Kallis,_Oskar, lk 6
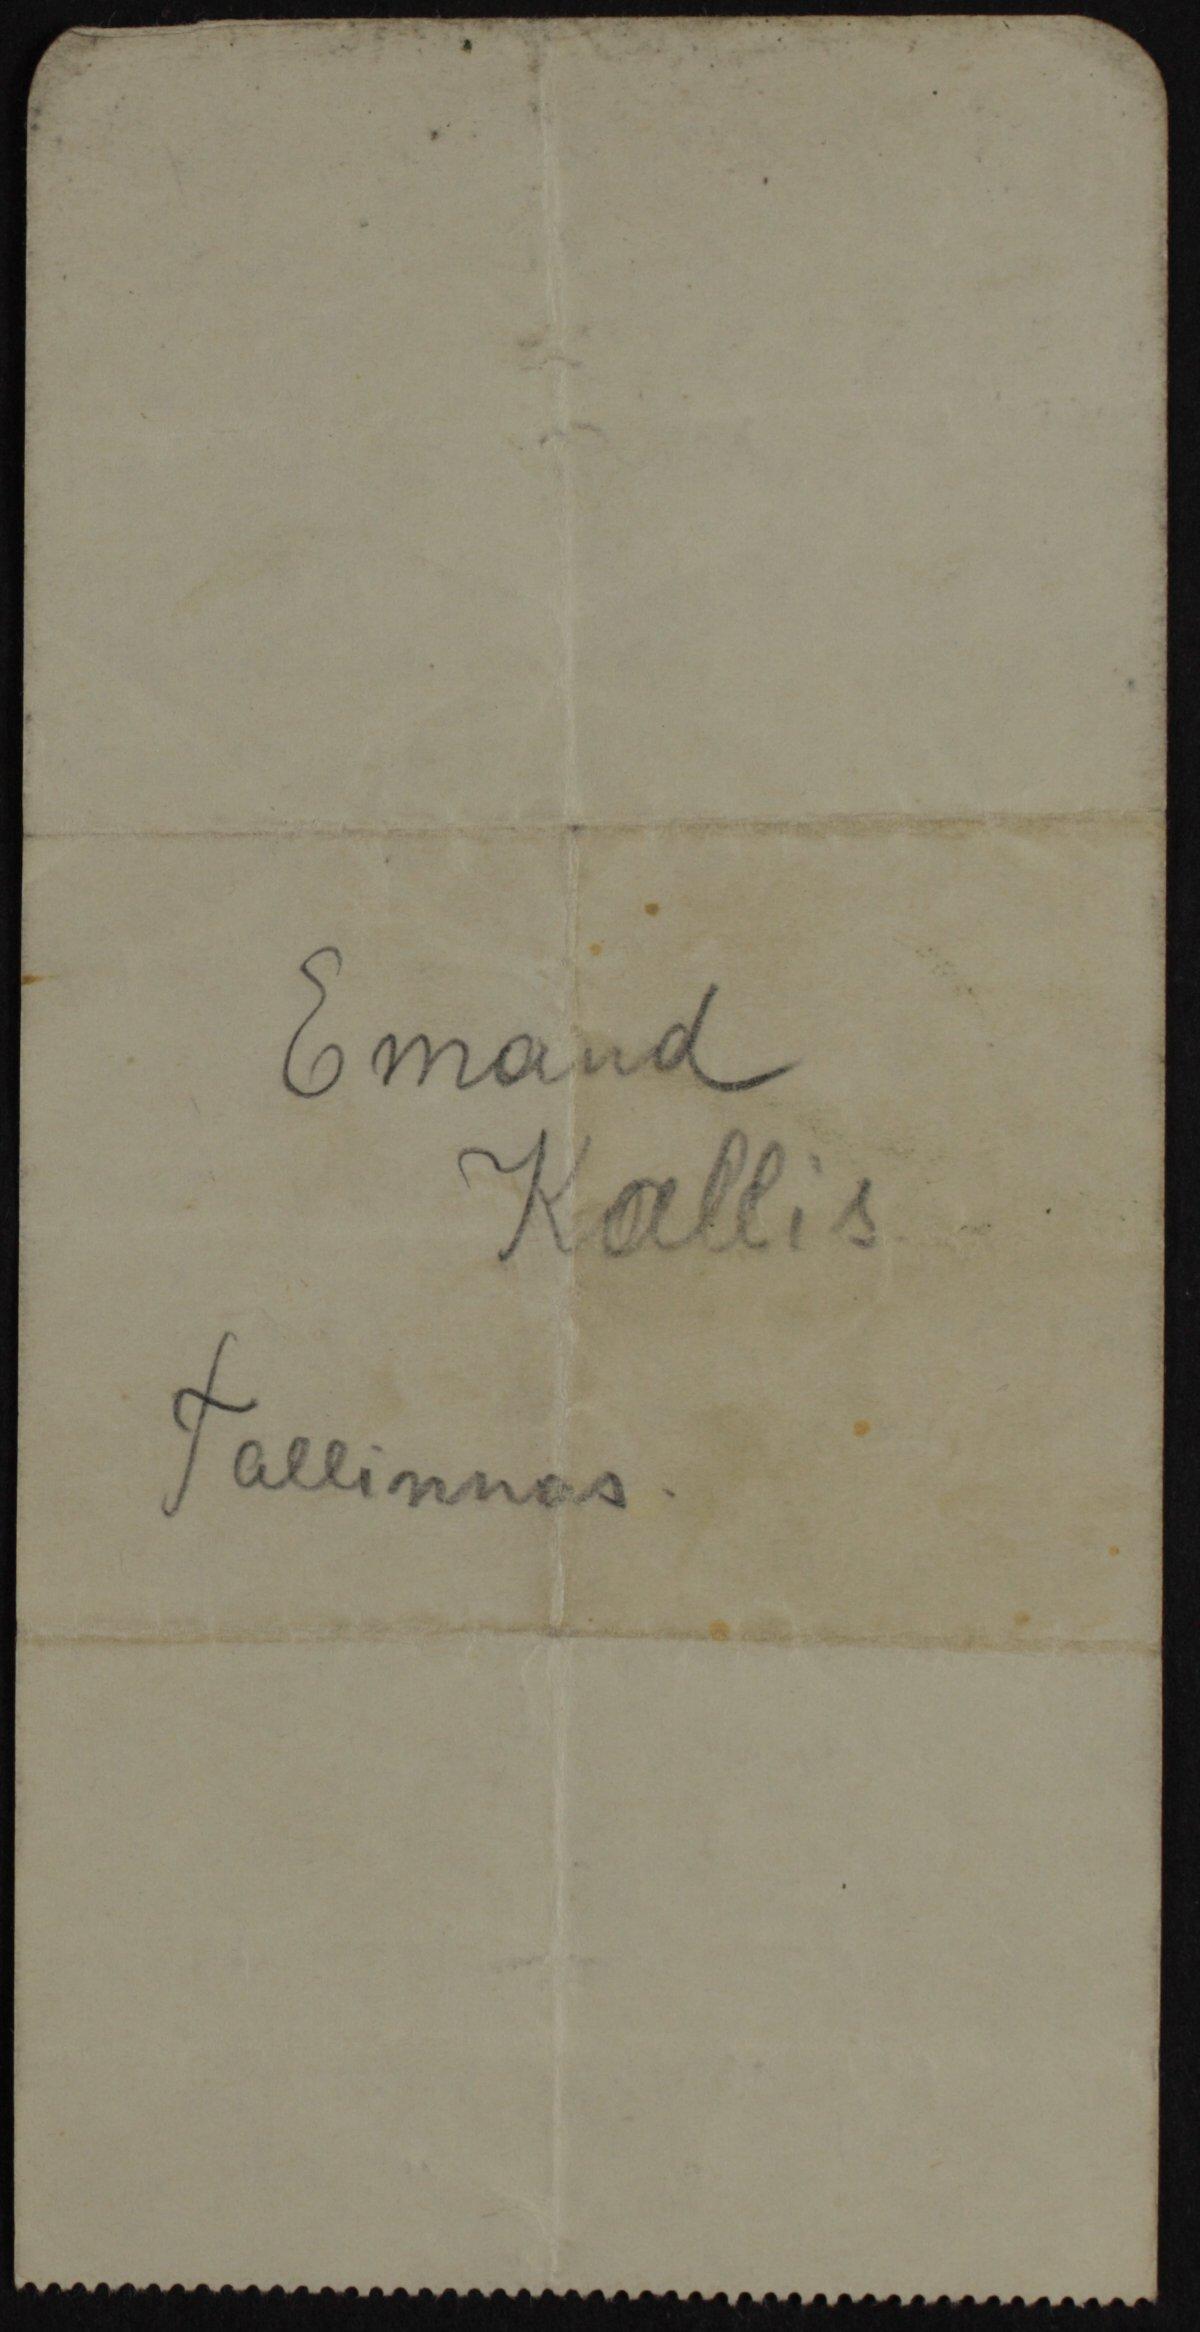
Emand
Kallis
Tallinnas.